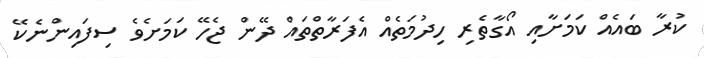
ކުރާ ބައެއް ކަމަށާއި އޯގާތެރި ހިދުމަތެއް އެފަރާތްތައް ދޭން ޖެހޭ ކަމަށެވެ ސިފައިންނެކޭ